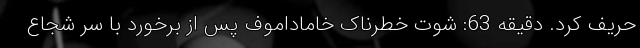
حریف کرد. دقیقه 63: شوت خطرناک خاماداموف پس از برخورد با سر شجاع